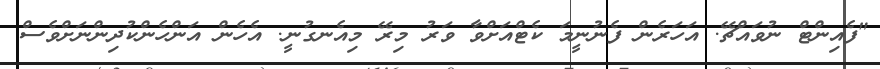
"ފެއިންޓް ނުވައްޗޭ. އަހަރެން ފެނުނީމަ ކެޓްއަށްވާ ވަރު މިރޭ މިއެނގުނީ. އެހެން އަންހެންކުދިންނަށްވެސް